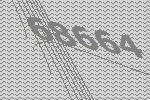
68664